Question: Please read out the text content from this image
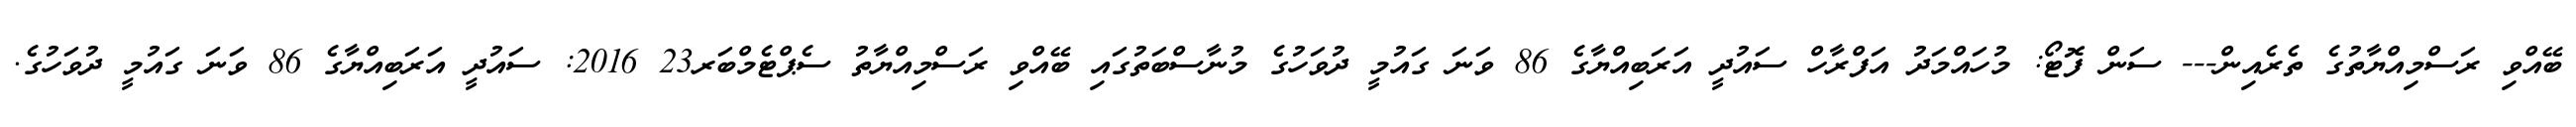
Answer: ބޭއްވި ރަސްމިއްޔާތުގެ ތެރެއިން--- ސަން ފޮޓޯ: މުހައްމަދު އަފްރާހް ސައުދީ އަރަބިއްޔާގެ 86 ވަނަ ގައުމީ ދުވަހުގެ މުނާސްބަތުގައި ބޭއްވި ރަސްމިއްޔާތު ސެޕްޓެމްބަރ23 2016: ސައުދީ އަރަބިއްޔާގެ 86 ވަނަ ގައުމީ ދުވަހުގެ.